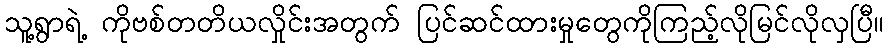
သူ့ရွာရဲ့ ကိုဗစ်တတိယလှိုင်းအတွက် ပြင်ဆင်ထားမှုတွေကိုကြည့်လိုမြင်လိုလှပြီ။